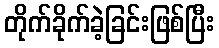
တိုက်ခိုက်ခဲ့ခြင်းဖြစ်ပြီး